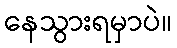
နေသွားရမှာပဲ။